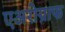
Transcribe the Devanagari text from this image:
एअरोग्राफ